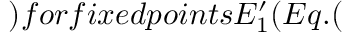
) f o r f i x e d p o i n t s E _ { 1 } ^ { \prime } ( E q . (